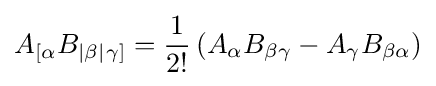
A_{[\alpha }B_{|\beta |}{}_{\gamma ]}={\dfrac {1}{2!}}\left(A_{\alpha }B_{\beta \gamma }-A_{\gamma }B_{\beta \alpha }\right)